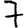
Digit: 7